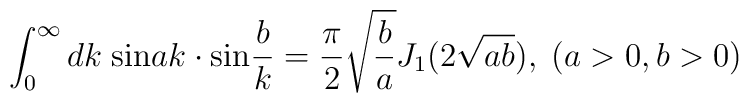
\int_0^{\infty}dk\;{\rm sin}ak \cdot{\rm sin}\frac{b}{k}=\frac{\pi}{2}\sqrt{\frac{b}{a}}J_1(2\sqrt{ab}),\;(a>0,b>0)